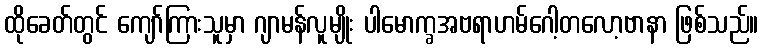
ထိုခေတ်တွင် ကျော်ကြားသူမှာ ဂျာမန်လူမျိုး ပါမောက္ခအဗရာဟမ်ဂေါ့တလော့ဗာနာ ဖြစ်သည်။